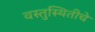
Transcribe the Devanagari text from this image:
वस्तुस्थितीचे